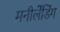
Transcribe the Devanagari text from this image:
मनीलेंडिंग